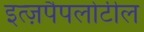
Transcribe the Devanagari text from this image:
इत्ज़पैपलोटील